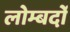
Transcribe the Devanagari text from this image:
लोम्बर्दो